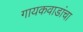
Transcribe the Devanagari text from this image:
गायकवाडांचा